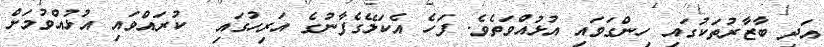
އަދި ބާޒާރުތަކުގައި ހިންގަވައި އުޅުއްވަތެވެ. ފަހެ އެކަލޭގެފާނުގެ އަރިހުގައި  ކުރައްވައި އުޅުއްވުމަށް